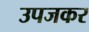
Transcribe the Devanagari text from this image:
उपजकर